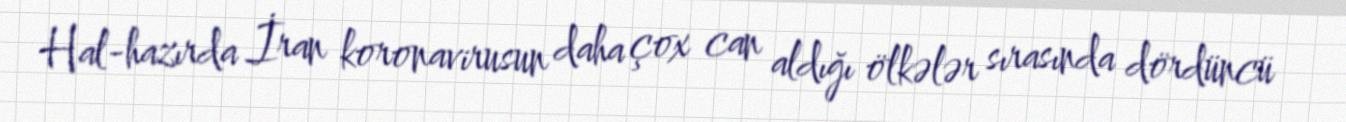
Hal-hazırda İran koronavirusun daha çox can aldığı ölkələr sırasında dördüncü